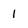
Character: 1